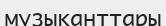
музыканттары